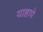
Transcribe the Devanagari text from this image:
याहापे